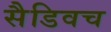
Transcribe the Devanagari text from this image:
सैडिवच